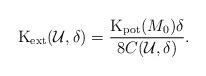
LaTeX: \begin{align*} {\rm K}_{\rm ext} (\mathcal U, \delta) = \frac{{\rm K}_{\rm pot}(M_0) \delta}{8C(\mathcal U, \delta)}. \end{align*}